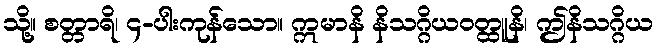
သို့။ စတ္တာရိ၊ ၄-ပါးကုန်သော။ ဣမာနိ နိသဂ္ဂိယဝတ္ထူနိ၊ ဤနိသဂ္ဂိယ